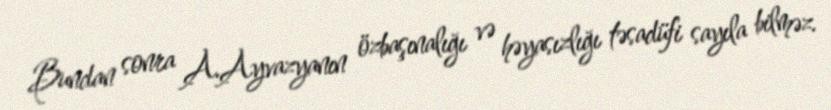
Bundan sonra A.Ayvazyanın özbaşınalığı və həyasızlığı təsadüfi sayıla bilməz.